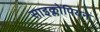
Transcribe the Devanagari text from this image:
साइक्लोपियन